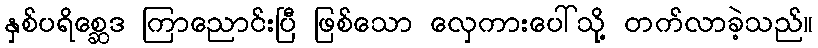
နှစ်ပရိစ္ဆေဒ ကြာညောင်းပြီ ဖြစ်သော လှေကားပေါ်သို့ တက်လာခဲ့သည်။